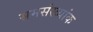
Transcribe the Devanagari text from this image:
समसंख्यांक